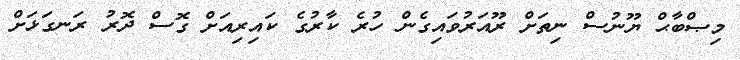
މިޞްބާޙް ޔޫނުސް ނިތަށް ރޫއަރުވައިގެން ހުރެ ކާރުގެ ކައިރިއަށް ގޮސް ދޮރު ރަނގަޅަށް